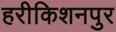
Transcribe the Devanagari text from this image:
हरीकिशनपुर